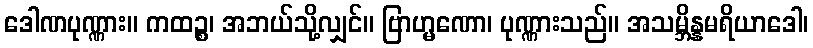
ဒေါဏပုဏ္ဏား။ ကထဉ္စ၊ အဘယ်သို့လျှင်။ ဗြာဟ္မဏော၊ ပုဏ္ဏားသည်။ အသမ္ဘိန္နမရိယာဒေါ၊